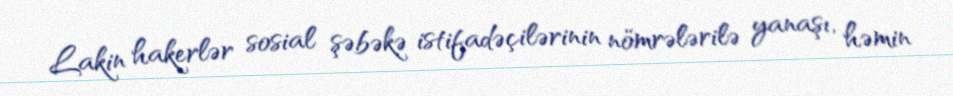
Lakin hakerlər sosial şəbəkə istifadəçilərinin nömrələrilə yanaşı, həmin